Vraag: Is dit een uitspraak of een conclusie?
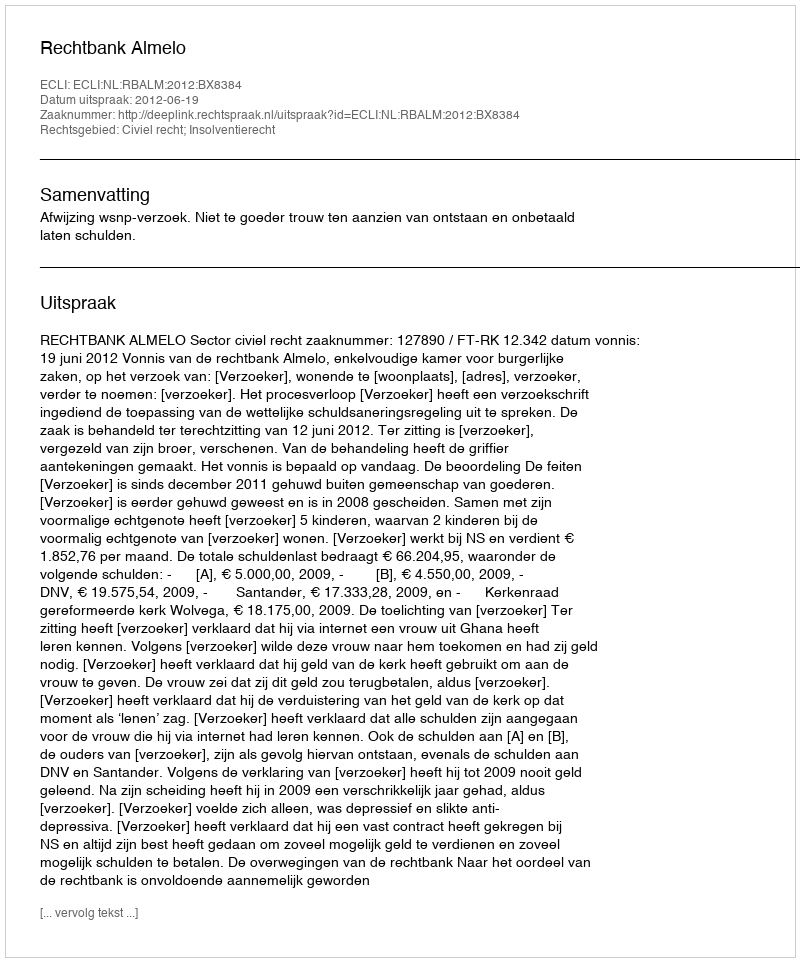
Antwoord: Uitspraak